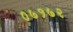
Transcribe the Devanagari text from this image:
०७१७२